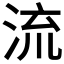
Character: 流